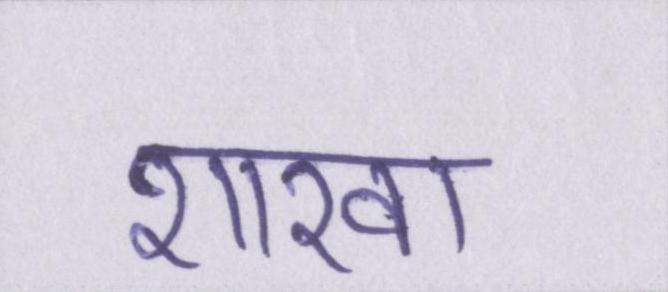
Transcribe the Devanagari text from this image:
शाखा